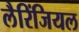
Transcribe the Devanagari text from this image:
लैरिंजियल